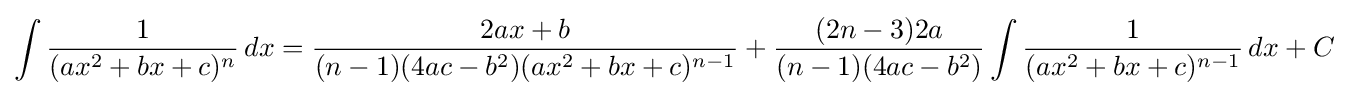
\int {\frac {1}{(ax^{2}+bx+c)^{n}}}\,dx={\frac {2ax+b}{(n-1)(4ac-b^{2})(ax^{2}+bx+c)^{n-1}}}+{\frac {(2n-3)2a}{(n-1)(4ac-b^{2})}}\int {\frac {1}{(ax^{2}+bx+c)^{n-1}}}\,dx+C